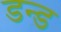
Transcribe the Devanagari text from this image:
डन्ड